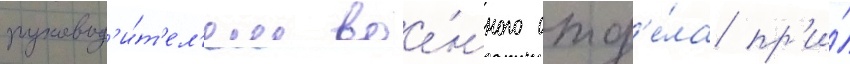
руковод'и́т'ел'ем вое́нного отд'е́ла пр'и́